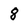
Character: 8